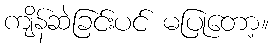
ကျိန်ဆဲခြင်းပင် မပြုတော့။